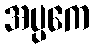
အပ္ပကေ